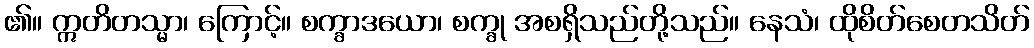
၏။ ဣတိတသ္မာ၊ ကြောင့်။ စက္ခာဒယော၊ စက္ခု အစရှိသည်တို့သည်။ နေသံ၊ ထိုစိတ်စေတသိတ်